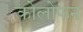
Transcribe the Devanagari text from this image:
कोलोफन